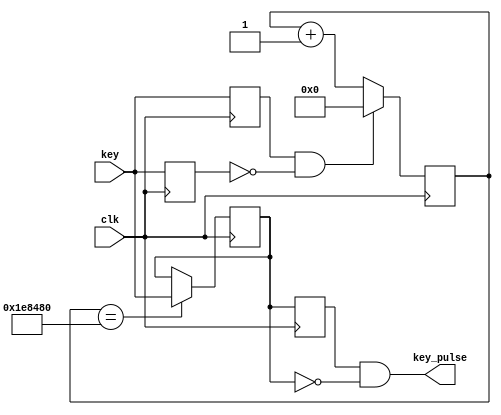
`timescale 1ns / 1ps
//////////////////////////////////////////////////////////////////////////////////
// Company: 
// Engineer: 
// 
// Design Name: 
// Module Name: counter
// Project Name: 
// Target Devices: 
// Tool Versions: 
// Description: 
// 
// Dependencies: 
// 
// Revision:
// Revision 0.01 - File Created
// Additional Comments:
// 
//////////////////////////////////////////////////////////////////////////////////


module key(clk, key, key_pulse);

input clk;
input key;
output key_pulse;

reg key_rst;
reg key_rst_pre;
wire key_edge;

always@(posedge clk)
    begin
        key_rst = key;
        key_rst_pre = key_rst;
    end

assign key_edge = key_rst_pre & ~key_rst;

reg [21:0]count;

always@(posedge clk)
    begin
        if(key_edge)
            count = 21'h0;
        else
            count = count + 1'h1;
    end

reg key_sec_pre;
reg key_sec;

always@(posedge clk)
    if(count == 21'h1e8480) // 20ms
        key_sec = key;

always@(posedge clk)
    key_sec_pre = key_sec;
    
assign key_pulse = key_sec_pre & ~key_sec;

endmodule